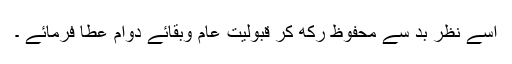
اسے نظر بد سے محفوظ رکھ کر قبولیت عام وبقائے دوام عطا فرمائے ۔